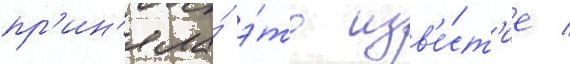
пр'ин'яла́ э́то изв'е́ст'ие /